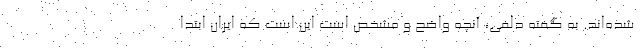
شده‌اند. به گفته دلفی، آنچه واضح و مشخص است این است که ایران ابتدا